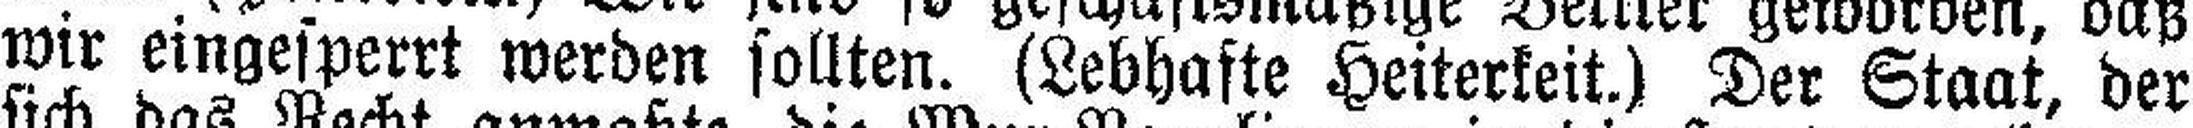
wir eingesperrt werden sollten. (Lebhafte Heiterkeit.) Der Staat, der